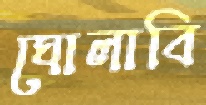
ঘোলাবি